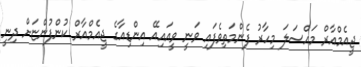
ޖީއެމްއާރް މައްސަލަ މިހާރު ފެންމަތިވެފައި ވަނީ ވީއައިއޭ އިންޑިއާގެ ޖީއެމްއާރް ކުންފުންޏަށް ދިނީ